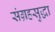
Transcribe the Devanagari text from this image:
संग्रहसुद्धा